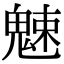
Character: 𩳒